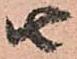
由